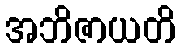
အဘိဇာယတိ